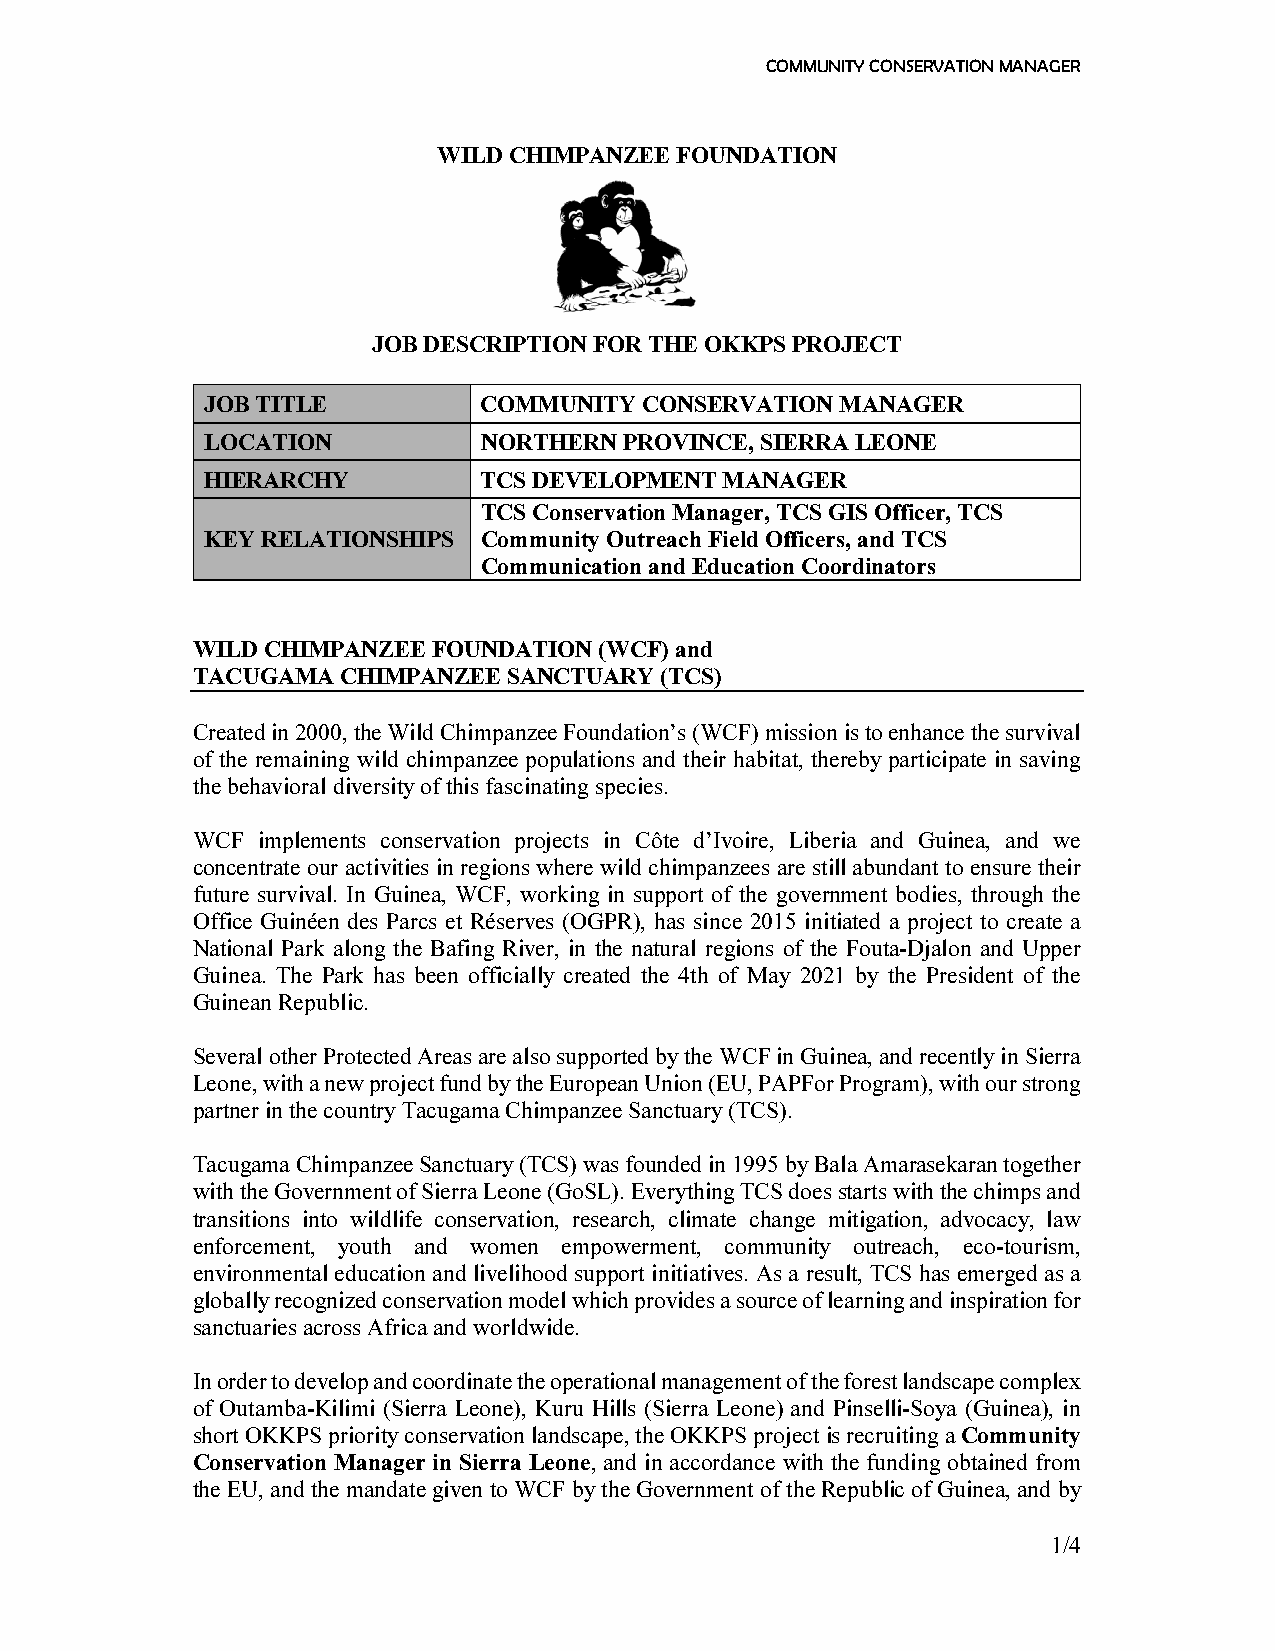
COMMUNITY CONSERVATION MANAGER
 WILD CHIMPANZEE FOUNDATION
 JOB DESCRIPTION FOR THE OKKPS PROJECT
 JOB TITLE         COMMUNITY  CONSERVATION MANAGER
 LOCATION          NORTHERN PROVINCE, SIERRA LEONE
 HIERARCHY         TCS DEVELOPMENT MANAGER
 TCS Conservation Manager, TCS GIS Officer, TCS
 KEY RELATIONSHIPS Community Outreach Field Officers, and TCS
 Communication and Education Coordinators
 WILD CHIMPANZEE FOUNDATION (WCF) and
 TACUGAMA  CHIMPANZEE SANCTUARY (TCS)
 Created in 2000, the Wild Chimpanzee Foundation’s (WCF) mission is to enhance the survival
 of the remaining wild chimpanzee populations and their habitat, thereby participate in saving
 the behavioral diversity of this fascinating species.
 WCF implements conservation projects in Côte d’Ivoire, Liberia and Guinea, and we
 concentrate our activities in regions where wild chimpanzees are still abundant to ensure their
 future survival. In Guinea, WCF, working in support of the government bodies, through the
 Office Guinéen des Parcs et Réserves (OGPR), has since 2015 initiated a project to create a
 National Park along the Bafing River, in the natural regions of the Fouta-Djalon and Upper
 Guinea. The Park has been officially created the 4th of May 2021 by the President of the
 Guinean Republic.
 Several other Protected Areas are also supported by the WCF in Guinea, and recently in Sierra
 Leone, with a new project fund by the European Union (EU, PAPFor Program), with our strong
 partner in the country Tacugama Chimpanzee Sanctuary (TCS).
 Tacugama Chimpanzee Sanctuary (TCS) was founded in 1995 by Bala Amarasekaran together
 with the Government of Sierra Leone (GoSL). Everything TCS does starts with the chimps and
 transitions into wildlife conservation, research, climate change mitigation, advocacy, law
 enforcement, youth and women empowerment, community outreach, eco-tourism,
 environmental education and livelihood support initiatives. As a result, TCS has emerged as a
 globally recognized conservation model which provides a source of learning and inspiration for
 sanctuaries across Africa and worldwide.
 In order to develop and coordinate the operational management of the forest landscape complex
 of Outamba-Kilimi (Sierra Leone), Kuru Hills (Sierra Leone) and Pinselli-Soya (Guinea), in
 short OKKPS priority conservation landscape, the OKKPS project is recruiting a Community
 Conservation Manager in Sierra Leone, and in accordance with the funding obtained from
 the EU, and the mandate given to WCF by the Government of the Republic of Guinea, and by
 1/4